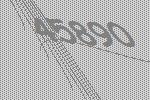
45890